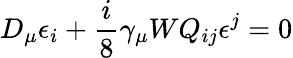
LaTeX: D_{\mu}\epsilon_{i}+\frac{i}{8}\gamma_{\mu}WQ_{ij}\epsilon^{j}=0